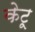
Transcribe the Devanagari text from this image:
केटू